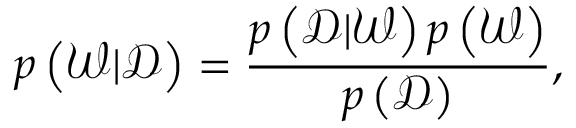
p \left( \mathcal { W } | \mathcal { D } \right) = \frac { p \left( \mathcal { D } | \mathcal { W } \right) p \left( \mathcal { W } \right) } { p \left( \mathcal { D } \right) } ,